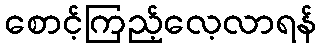
စောင့်ကြည့်လေ့လာရန်